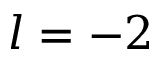
l = - 2